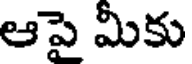
ఆపై మీకు